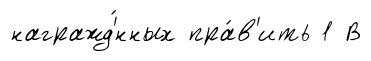
награжд'́нных пра́в'ить 1 В